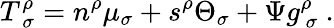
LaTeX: T_{\ \sigma}^{\rho}=n^{\rho}\mu_{\sigma}+s^{\rho}\Theta_{\sigma}+\Psi g_{\ \sigma}^{\rho}\ .